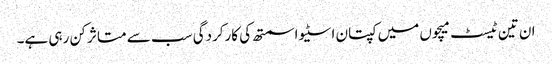
ان تین ٹیسٹ میچوں میں کپتان اسٹیو اسمتھ کی کارکردگی سب سے متاثر کن رہی ہے۔